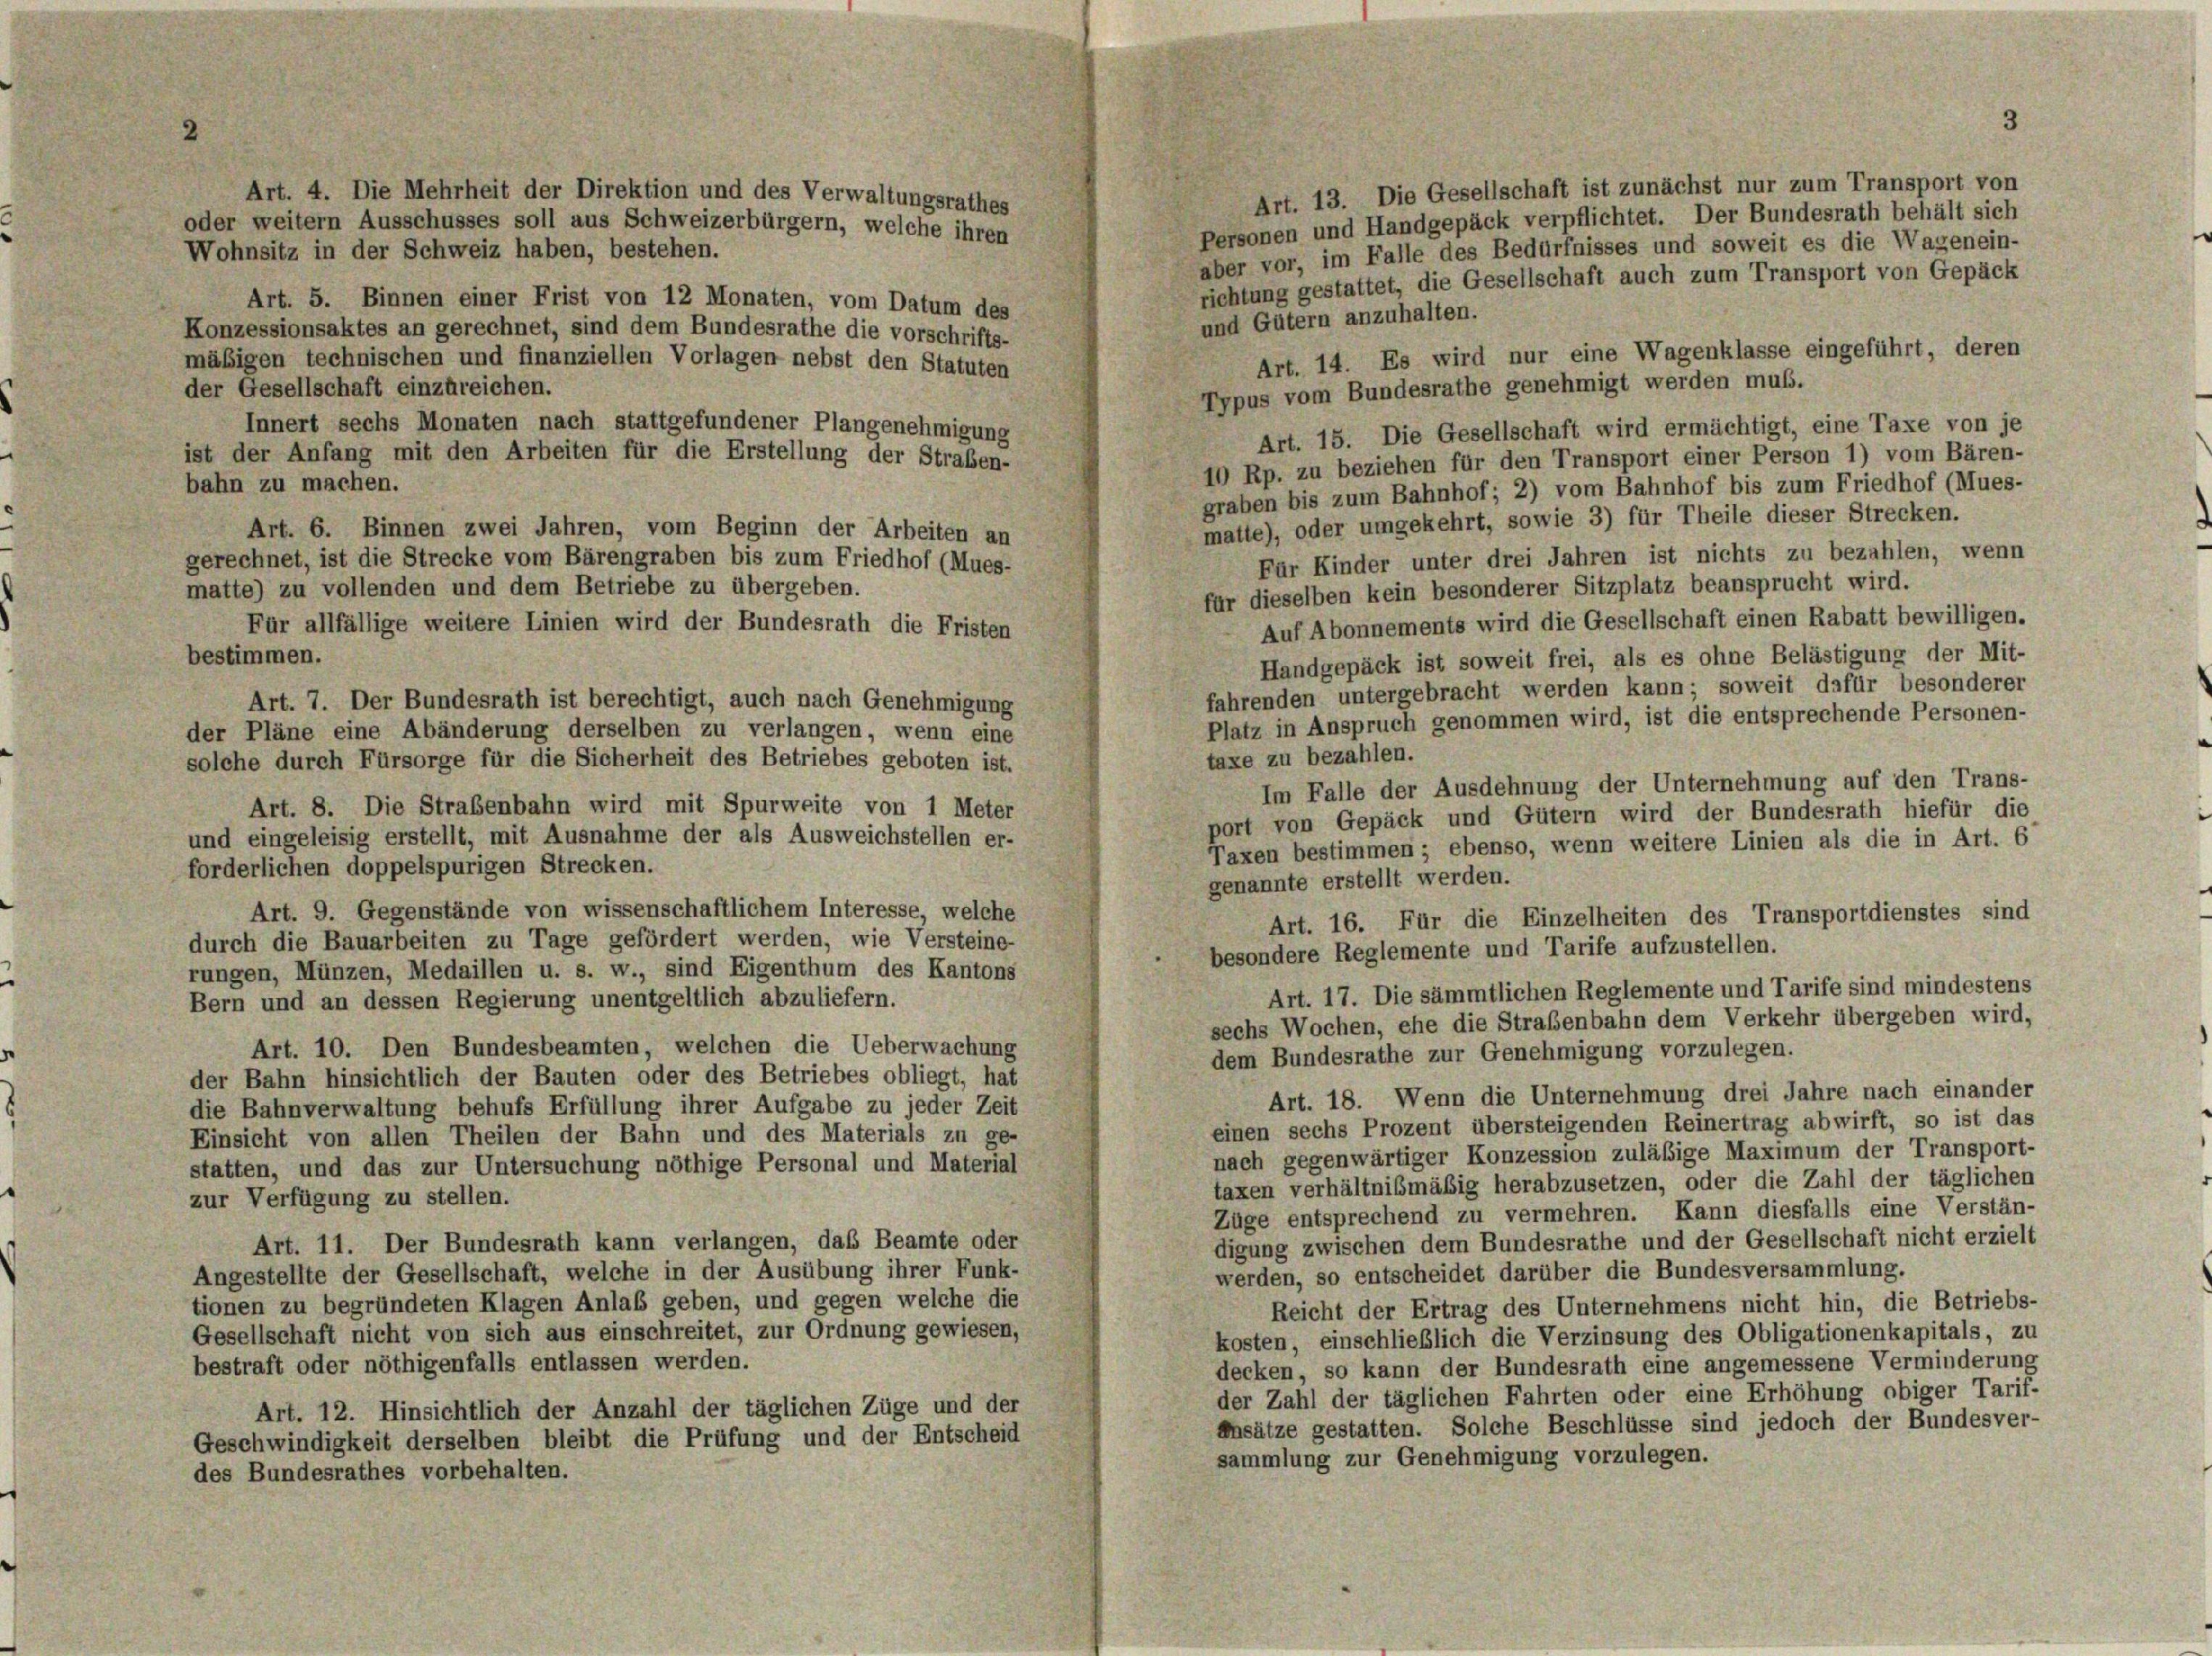
oder weitern Ausschusses soll aus Schweizerbürgern, welche ihren
Wohnsitz in der Schweiz haben, bestehen.
Art. 5. Binnen einer Frist von 12 Monaten, vom Datum des
und Gütern anzuhalten.
Konzessionsaktes an gerechnet, sind dem Bundesrathe die vorschrifts-
Art. 14. Es wird nur eine Wagenklasse eingeführt, deren
mäßigen technischen und finanziellen Vorlagen nebst den Statuten
der Gesellschaft einzureichen.
Typus vom Bundesrathe genehmigt werden muß.
Innert sechs Monaten nach stattgefundener Plangenehmigung
Art. 15. Die Gesellschaft wird ermächtigt, eine Taxe von je
ist der Anfang mit den Arbeiten für die Erstellung der Straben-
10 Rp. zu beziehen für den Transport einer Person 1) vom Bären-
bahn zu machen.
graben bis zum Bahnhof; 2) vom Bahnhof bis zum Friedhof (Mues-
matte), oder umgekehrt, sowie 3) für Theile dieser Strecken.
Art. 6. Binnen zwei Jahren, vom Beginn der Arbeiten an
Für Kinder unter drei Jahren ist nichts zu bezahlen, wenn
gerechnet, ist die Strecke vom Bärengraben bis zum Friedhof (Mues-
matte) zu vollenden und dem Betriebe zu übergeben.
für dieselben kein besonderer Sitzplatz beansprucht wird.
Auf Abonnements wird die Gesellschaft einen Rabatt bewilligen.
Für allfällige weitere Linien wird der Bundesrath die Fristen
bestimmen.
Handgepäck ist soweit frei, als es ohne Belästigung der Mit-
fahrenden untergebracht werden kann; soweit dafür besonderer
Art. 7. Der Bundesrath ist berechtigt, auch nach Genehmigung
Platz in Anspruch genommen wird, ist die entsprechende Personen-
der Pläne eine Abänderung derselben zu verlangen, wenn eine
taxe zu bezahlen.
solche durch Fürsorge für die Sicherheit des Betriebes geboten ist.
Im Falle der Ausdehnung der Unternehmung auf den Trans-
Art. 8. Die Straßenbahn wird mit Spurweite von 1 Meter
ort von Gepäck und Gütern wird der Bundesrath hiefür die
und eingeleisig erstellt, mit Ausnahme der als Ausweichstellen er-
Taxen bestimmen; ebenso, wenn weitere Linien als die in Art. 6
forderlichen doppelspurigen Strecken.
genannte erstellt werden.
Art. 9. Gegenstände von wissenschaftlichem Interesse, welche
Art. 16. Für die Einzelheiten des Transportdienstes sind
durch die Bauarbeiten zu Tage gefördert werden, wie Versteine-
besondere Reglemente und Tarife aufzustellen.
rungen, Münzen, Medaillen u. s. w., sind Eigenthum des Kantons
Art. 17. Die sämmtlichen Reglemente und Tarife sind mindestens
Bern und an dessen Regierung unentgeltlich abzuliefern.
sechs Wochen, ehe die Straßenbahn dem Verkehr übergeben wird,
Art. 10. Den Bundesbeamten, welchen die Ueberwachung
dem Bundesrathe zur Genehmigung vorzulegen.
der Bahn hinsichtlich der Bauten oder des Betriebes obliegt, hat
Art. 18. Wenn die Unternehmung drei Jahre nach einander
die Bahnverwaltung behufs Erfüllung ihrer Aufgabe zu jeder Zeit
einen sechs Prozent übersteigenden Reinertrag abwirft, so ist das
Einsicht von allen Theilen der Bahn und des Materials zu ge-
nach gegenwärtiger Konzession zuläßige Maximum der Transport-
statten, und das zur Untersuchung nöthige Personal und Material
taxen verhältnismäßig herabzusetzen, oder die Zahl der täglichen
zur Verfügung zu stellen.
Züge entsprechend zu vermehren. Kann diesfalls eine Verstän-
digung zwischen dem Bundesrathe und der Gesellschaft nicht erzielt
Art. 11. Der Bundesrath kann verlangen, das Beamte oder
werden, so entscheidet darüber die Bundesversammlung.
Angestellte der Gesellschaft, welche in der Ausübung ihrer Funk-
tionen zu begründeten Klagen Anlaß geben, und gegen welche die
Reicht der Ertrag des Unternehmens nicht hin, die Betriebs-
Gesellschaft nicht von sich aus einschreitet, zur Ordnung gewiesen,
kosten, einschließlich die Verzinsung des Obligationenkapitals, zu
bestraft oder nöthigenfalls entlassen werden.
decken, so kann der Bundesrath eine angemessene Verminderung
der Zahl der täglichen Fahrten oder eine Erhöhung obiger Tarif-
Art. 12. Hinsichtlich der Anzahl der täglichen Züge und der
ansätze gestatten. Solche Beschlüsse sind jedoch der Bundesver-
Geschwindigkeit derselben bleibt die Prüfung und der Entscheid
sammlung zur Genehmigung vorzulegen.
des Bundesrathes vorbehalten.

Art. 4. Die Mehrheit der Direktion und des Verwaltungsrathes

3

Art. 13. Die Gesellschaft ist zunächst nur zum Transport von
Personen und Handgepäck verpflichtet. Der Bundesrath behält sich
aber vor, im Falle des Bedürfnisses und soweit es die Wagenein-
richtung gestattet, die Gesellschaft auch zum Transport von Gepäck